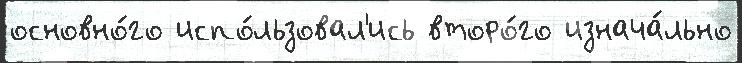
основно́го испо́льзовал'ись второ́го изнача́льно